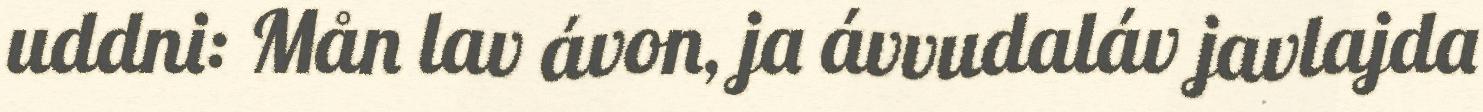
uddni: Mån lav ávon, ja ávvudaláv javlajda